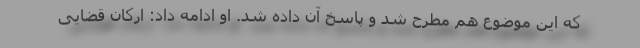
که این موضوع هم مطرح شد و پاسخ آن داده شد. او ادامه داد: ارکان قضایی